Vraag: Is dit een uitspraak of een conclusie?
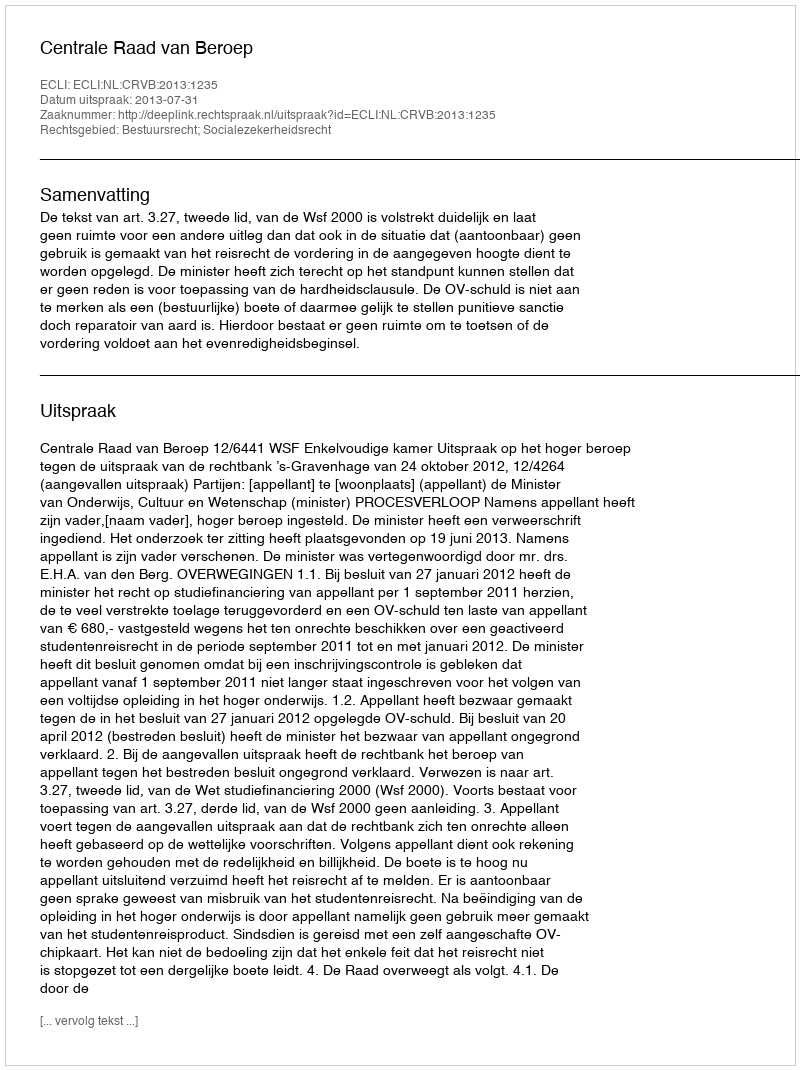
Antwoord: Uitspraak